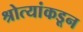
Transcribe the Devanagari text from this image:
श्रोत्यांकडून